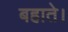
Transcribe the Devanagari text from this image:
बहाते।